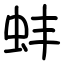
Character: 蚌